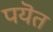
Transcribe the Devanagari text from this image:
पयॆत